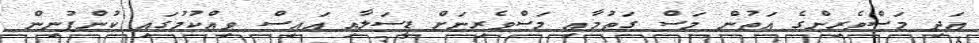
އަދި މަސްވެރިންގެ އަތުން މަސް ގަތުމާއި މަސްވެރިނަށް ޑީސަލާއި އައިސް ވިއްކުމުގައި ކުންފުނިން